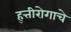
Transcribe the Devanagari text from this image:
ह्त्तीरोगाचे